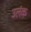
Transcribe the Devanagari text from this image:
उलंक